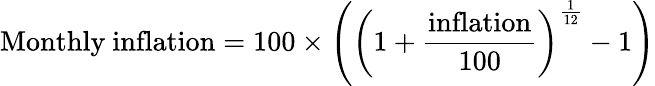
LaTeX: {\mathrm{Monthly~inflation}}=100\times\left(\left(1+{\frac{\mathrm{inflation}}{100}}\right)^{\frac{1}{12}}-1\right)